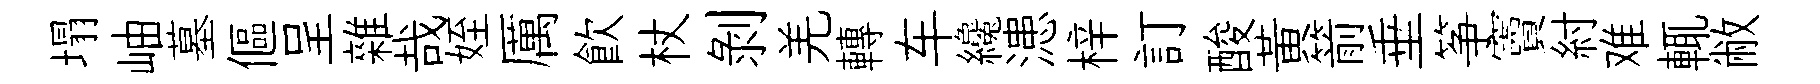
塌岫墓傴呈雜哉姪厲飲杖剥羌轉车纔漶梓訂酸黄箭垂筝竇紂难輒敝